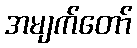
အမျက်တော်